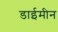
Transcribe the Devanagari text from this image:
डाईमीन